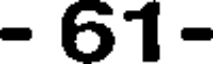
- 61-